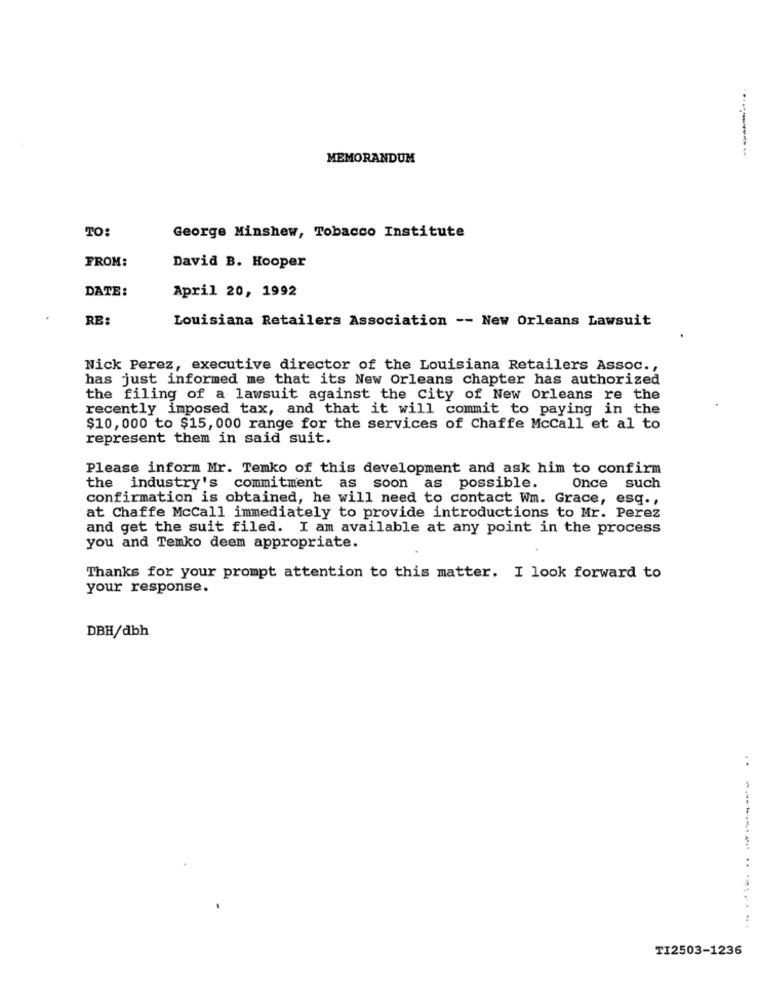
MEMORANDUM
TO:
George Minshew, Tobacco Institute
FROM:
David B. Hooper
DATE:
April 20, 1992
RE:
Louisiana Retailers Association -- New Orleans Lawsuit
Nick Perez, executive director of the Louisiana Retailers Assoc .,
has just informed me that its New Orleans chapter has authorized
the filing of a lawsuit against the city of New Orleans re the
recently imposed tax, and that it will commit to paying in the
$10, 000 to $15, 000 range for the services of Chaffe McCall et al to
represent them in said suit.
Please inform Mr. Temko of this development and ask him to confirm
the industry's commitment as soon as possible.
Once such
confirmation is obtained, he will need to contact Wm. Grace, esq .,
at Chaffe McCall immediately to provide introductions to Mr. Perez
and get the suit filed. I am available at any point in the process
you and Temko deem appropriate.
Thanks for your prompt attention to this matter. I look forward to
your response.
DBH/dbh
..
TI2503-1236